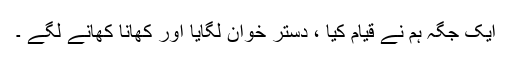
ایک جگہ ہم نے قیام کیا ، دستر خوان لگایا اور کھانا کھانے لگے ۔